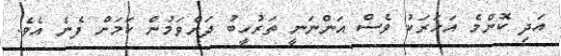
އަދި ކޮންމެ އަހަރަކު ވެސް އަންނަނީ ތަރުހީބު ދަށްވަމުން ކަމަށް ފެނެ އެވެ.